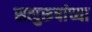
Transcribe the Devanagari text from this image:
सत्पुरूषांच्या